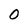
Character: 0